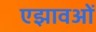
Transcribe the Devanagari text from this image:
एझावओं